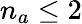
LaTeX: n_{a}\leq 2